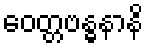
ဝေတ္တဗန္ဓနာနိ